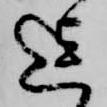
迄